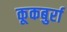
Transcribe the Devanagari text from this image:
कूकबुर्रा